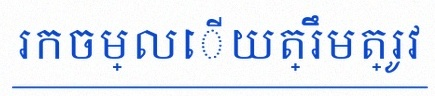
រកចម្លើយត្រឹមត្រូវ